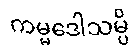
ကမ္မဒေါသမ္ပိ